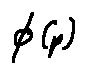
\phi ( p )